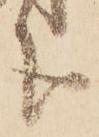
分